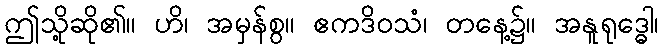
ဤသို့ဆို၏။ ဟိ၊ အမှန်စွ။ ဧကဒိဝသံ၊ တနေ့၌။ အနူရုဒ္ဓေါ၊